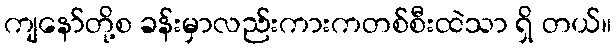
ကျနော်တို့စ ခန်းမှာလည်းကားကတစ်စီးထဲသာ ရှိ တယ်။